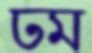
ঢম